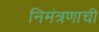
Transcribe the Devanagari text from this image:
निमंत्रणाची